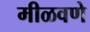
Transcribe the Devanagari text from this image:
मीळवणे